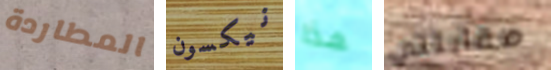
المطاردة نيكسون هذا مقابلتي